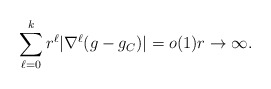
\begin{align*}\sum_{\ell = 0}^k r^\ell |\nabla^\ell (g - g_C)| = o (1) r \to \infty. \end{align*}